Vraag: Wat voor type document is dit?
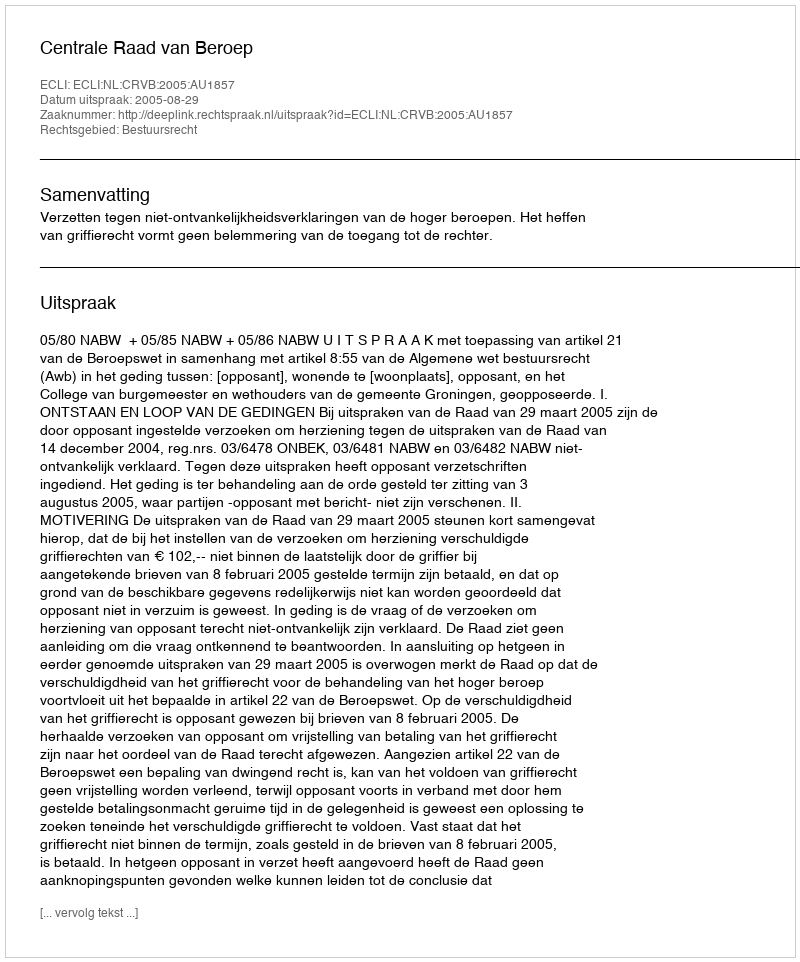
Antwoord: Uitspraak